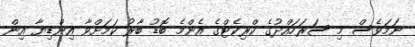
ނަމަވެސް މި ސަރަހައްދުގެ ކްރިކެޓްގެ އެންމެ ބޮޑު ބާރު ކަމަށްވާ އިންޑިޔާ އިން